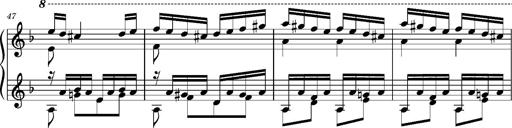
Title: Ungarischer Romanzero
Composer: Franz Liszt